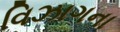
વિઝાગના